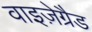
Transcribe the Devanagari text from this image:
वाइज़ेग्रैड